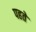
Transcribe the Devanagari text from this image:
पहते